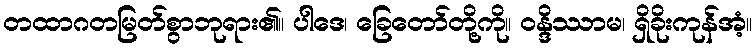
တထာဂတမြတ်စွာဘုရား၏။ ပါဒေ၊ ခြေတော်တို့ကို။ ဝန္ဒိဿာမ၊ ရှိခိုးကုန်အံ့။